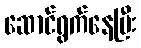
ဆောင်ရွက်နေပြီး